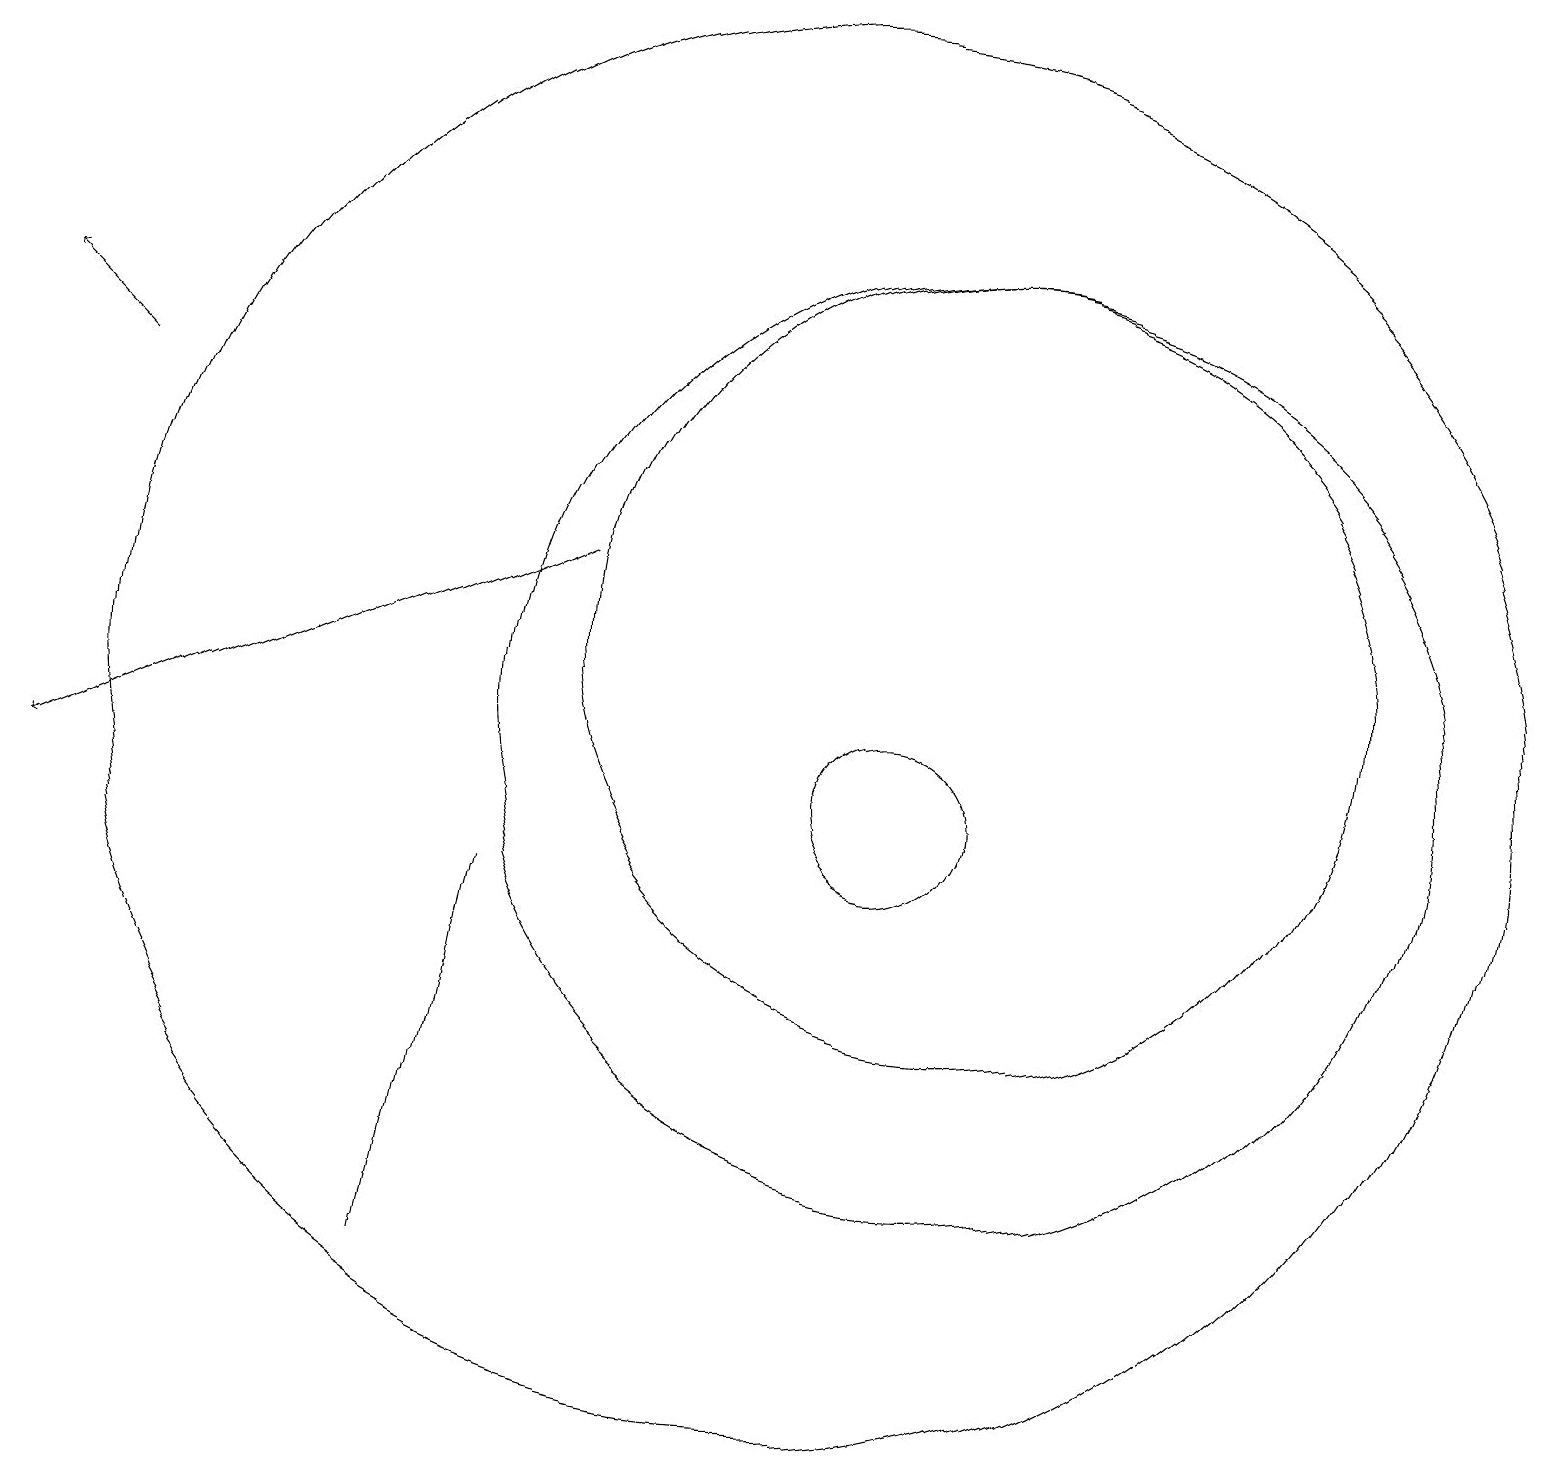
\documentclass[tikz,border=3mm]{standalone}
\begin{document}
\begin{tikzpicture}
\draw (12,11) circle (6);
\draw[->] (1,15) -- (0,16);
\draw[->] (7,13) -- (0,10);
\draw (10,11) circle (9);
\draw (6,9) -- (5,4) -- (5,4) -- cycle;
\draw (12,12) circle (5);
\draw (11,10) circle (1);
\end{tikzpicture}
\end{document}